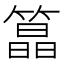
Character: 𮵸